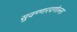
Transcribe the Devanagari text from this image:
सुवण्णरयणेल्ला